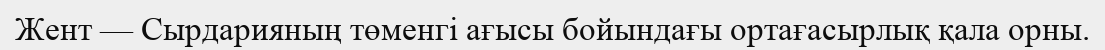
Жент — Сырдарияның төменгі ағысы бойындағы ортағасырлық қала орны.